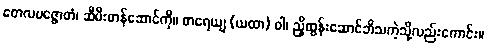
တေလပဇ္ဇောတံ၊ ဆီမီးတန်ဆောင်ကို။ ဓာရေယျ (ယထာ) ဝါ၊ ညှိထွန်းဆောင်ဘိသကဲ့သို့လည်းကောင်း။